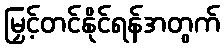
မြှင့်တင်နိုင်ရန်အတွက်